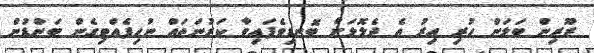
ޒޫރިން ބަލަން ހުރި އިރު އެ ދެލޮލަށް ބޮނޑިވެފައިވާ ކަރުނަތައް ނުހިފެއްޓިގެން ބަންޑުން